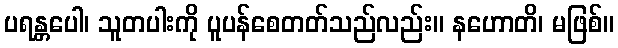
ပရန္တပေါ၊ သူတပါးကို ပူပန်စေတတ်သည်လည်း။ နဟောတိ၊ မဖြစ်။